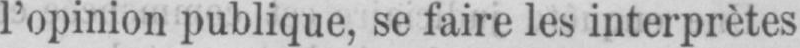
l’opinion publique, se faire les interprètes